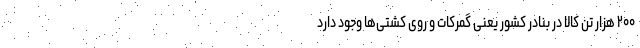
۲۰۰ هزار تن کالا در بنادر کشور یعنی گمرکات و روی کشتی‌ها وجود دارد